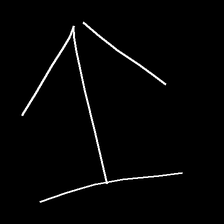
Glyph: levitation